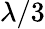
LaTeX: \lambda/3